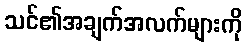
သင်၏အချက်အလက်များကို